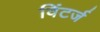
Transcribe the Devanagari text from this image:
विंटर्ज